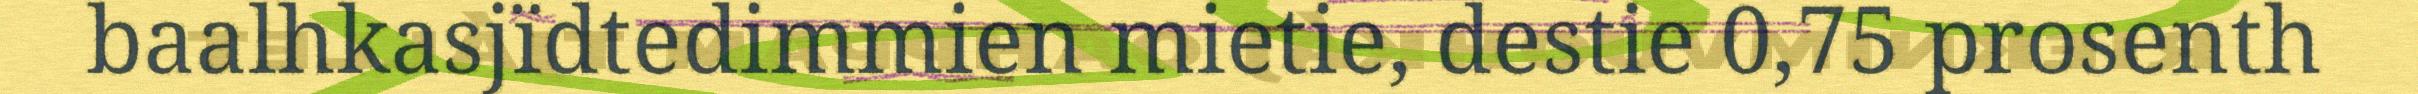
baalhkasjïdtedimmien mietie, destie 0,75 prosenth